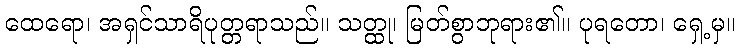
ထေရော၊ အရှင်သာရိပုတ္တရာသည်။ သတ္ထု၊ မြတ်စွာဘုရား၏။ ပုရတော၊ ရှေ့မှ။